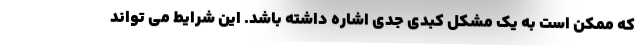
که ممکن است به یک مشکل کبدی جدی اشاره داشته باشد. این شرایط می تواند